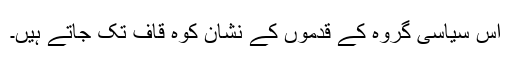
اس سیاسی گروہ کے قدموں کے نشان کوہ قاف تک جاتے ہیں۔